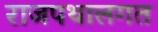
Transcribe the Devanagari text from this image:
राजपथालगत